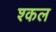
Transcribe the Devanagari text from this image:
श्कल